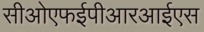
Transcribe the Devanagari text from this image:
सीओएफईपीआरआईएस